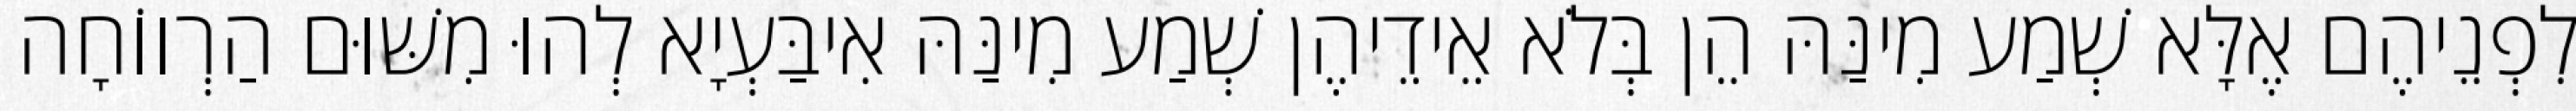
לִפְנֵיהֶם אֶלָּא שְׁמַע מִינַּהּ הֵן בְּלֹא אֵידֵיהֶן שְׁמַע מִינַּהּ אִיבַּעְיָא לְהוּ מִשּׁוּם הַרְווֹחָה